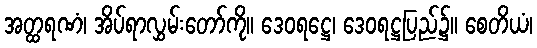
အတ္ထရဏံ၊ အိပ်ရာလွှမ်းတော်ကို။ ဒေဝရဋ္ဌေ၊ ဒေဝရဋ္ဌပြည်၌။ စေတိယံ၊